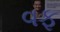
વફ